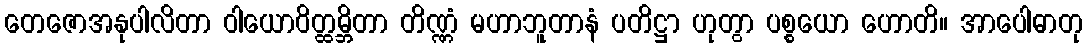
တေဇောအနုပါလိတာ ဝါယောဝိတ္ထမ္ဘိတာ တိဏ္ဏံ မဟာဘူတာနံ ပတိဋ္ဌာ ဟုတွာ ပစ္စယော ဟောတိ။ အာပေါဓာတု